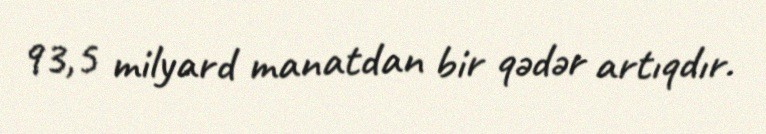
93,5 milyard manatdan bir qədər artıqdır.